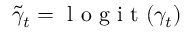
\tilde { \gamma } _ { t } = \mathrm { ~ l ~ o ~ g ~ i ~ t ~ } ( \gamma _ { t } )